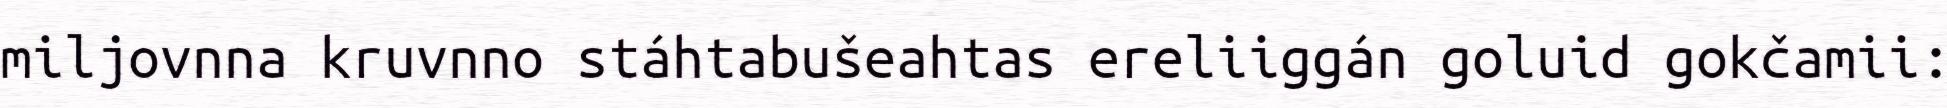
miljovnna kruvnno stáhtabušeahtas ereliiggán goluid gokčamii: